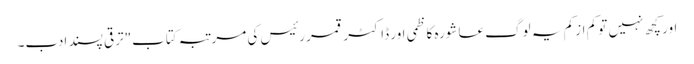
اور کچھ نہیں تو کم از کم یہ لوگ عاشورہ کاظمی اور ڈاکٹر قمر رئیس کی مرتبہ کتاب"ترقی پسند ادب۔